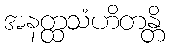
အနတ္ထသံဟိတန္တိ